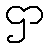
ဌာ